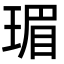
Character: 瑂